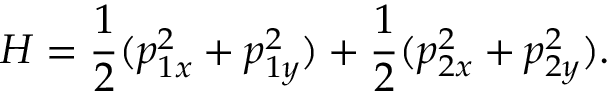
H = \frac { 1 } { 2 } ( p _ { 1 x } ^ { 2 } + p _ { 1 y } ^ { 2 } ) + \frac { 1 } { 2 } ( p _ { 2 x } ^ { 2 } + p _ { 2 y } ^ { 2 } ) .